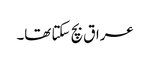
عراق بچ سکتا تھا۔